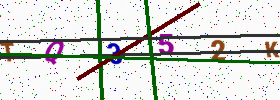
Text: TQ352K